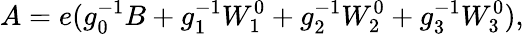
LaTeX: A=e(g_{0}^{-1}B+g_{1}^{-1}W_{1}^{0}+g_{2}^{-1}W_{2}^{0}+g_{3}^{-1}W_{3}^{0}),